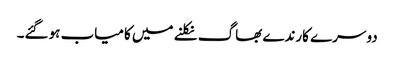
دوسرے کارندے بھاگ نکلنے میں کامیاب ہوگئے۔